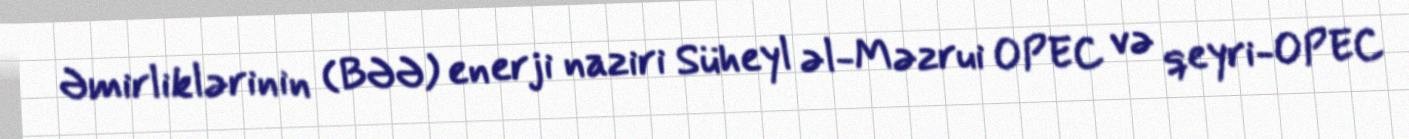
Əmirliklərinin (BƏƏ) enerji naziri Süheyl əl-Məzrui OPEC və qeyri-OPEC